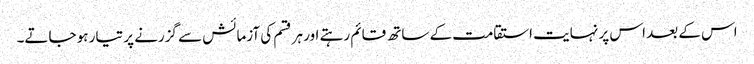
اس کے بعد اس پر نہایت استقامت کے ساتھ قائم رہتے اور ہر قسم کی آزمائش سے گزرنے پر تیار ہو جاتے۔